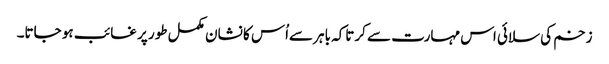
زخم کی سلائی اس مہارت سے کرتاکہ باہر سےاُس کا نشان مکمل طور پر غائب ہو جاتا۔